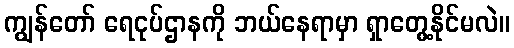
ကျွန်တော် ရေငုပ်ဌာနကို ဘယ်နေရာမှာ ရှာတွေ့နိုင်မလဲ။